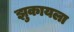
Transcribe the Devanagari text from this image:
झुकायला